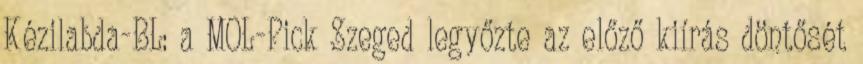
Kézilabda-BL: a MOL-Pick Szeged legyőzte az előző kiírás döntősét